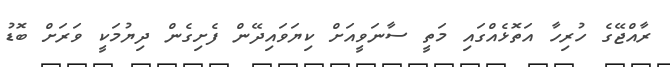
ރާއްޖޭގެ ހުރިހާ އަތޮޅެއްގައި މަތީ ސާނަވީއަށް ކިޔަވައިދޭން ފެށިގެން ދިޔުމަކީ ވަރަށް ބޮޑު